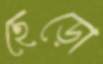
ছেড়ো